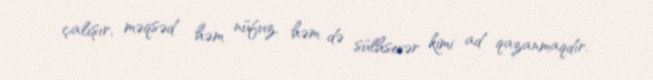
çalışır, məqsəd həm nüfuz, həm də sülhsevər kimi ad qazanmaqdır.